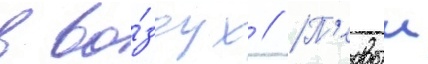
в во́здух // П'ервыи